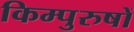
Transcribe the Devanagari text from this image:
किम्पुरुषों